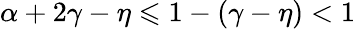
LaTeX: \alpha+2\gamma-\eta\leqslant 1-\left(\gamma-\eta\right)<1